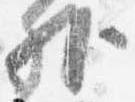
外